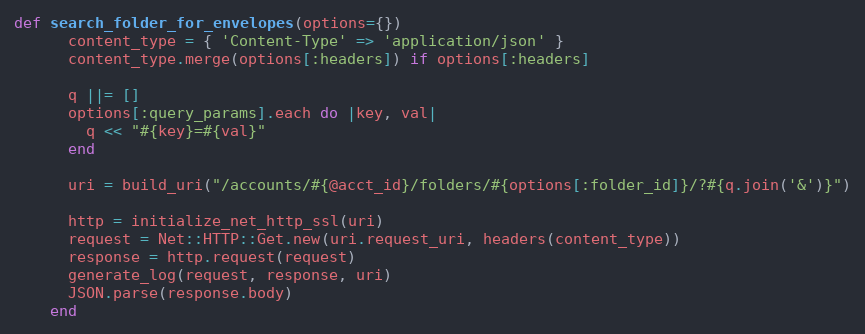
Language: Ruby
def search_folder_for_envelopes(options={})
      content_type = { 'Content-Type' => 'application/json' }
      content_type.merge(options[:headers]) if options[:headers]

      q ||= []
      options[:query_params].each do |key, val|
        q << "#{key}=#{val}"
      end

      uri = build_uri("/accounts/#{@acct_id}/folders/#{options[:folder_id]}/?#{q.join('&')}")

      http = initialize_net_http_ssl(uri)
      request = Net::HTTP::Get.new(uri.request_uri, headers(content_type))
      response = http.request(request)
      generate_log(request, response, uri)
      JSON.parse(response.body)
    end